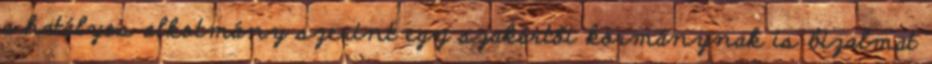
a hatályos alkotmány szerint egy szakértői kormánynak is bizalmat